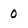
Character: 0